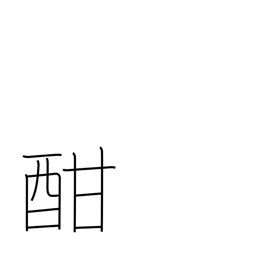
Meaning: height of